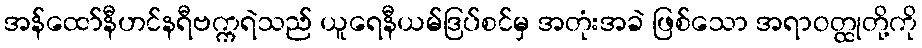
အန်ထော်နီဟင်နရီဗက္ကရဲသည် ယူရေနီယမ်ဒြပ်စင်မှ အတုံးအခဲ ဖြစ်သော အရာဝတ္ထုတို့ကို